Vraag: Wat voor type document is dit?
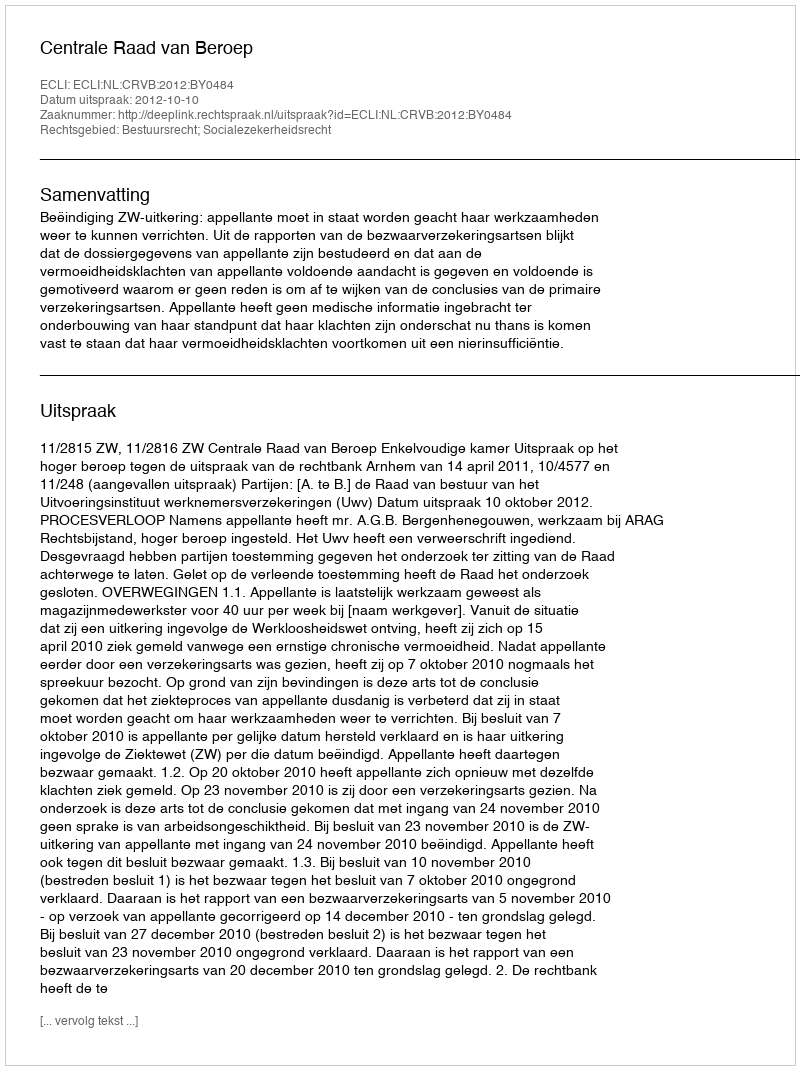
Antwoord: Uitspraak